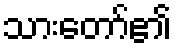
သားတော်၏